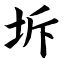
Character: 坼